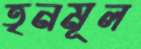
তৃনমূল